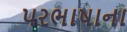
પરભાષાના